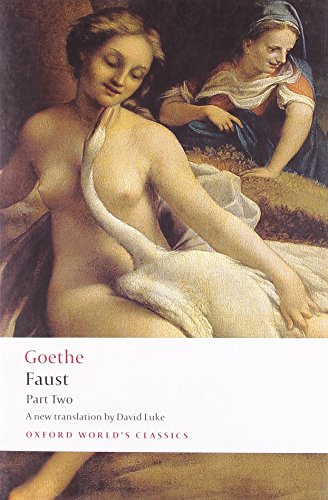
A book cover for Faust: Part Two (Oxford World's Classics) (Pt. 2); J. W. von Goethe; Literature & Fiction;